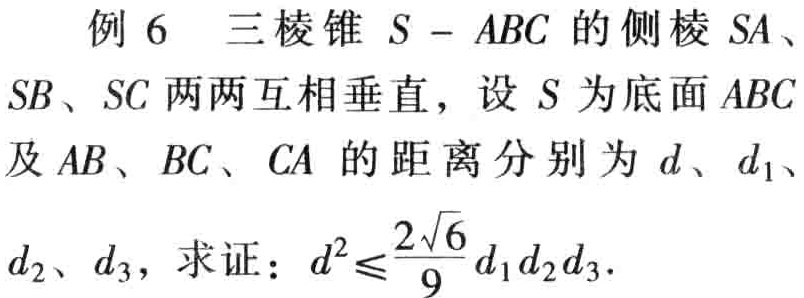
例 6 三棱锥 \(S - ABC\) 的侧棱 \(SA\)、\(SB\)、\(SC\) 两两互相垂直，设 \(S\) 为底面 \(ABC\) 及 \(AB\)、\(BC\)、\(CA\) 的距离分别为 \(d\)、\(d_1\)、\(d_2\)、\(d_3\)，求证：\(d^{2}\leqslant\frac{2\sqrt{6}}{9}d_1d_2d_3\)。